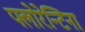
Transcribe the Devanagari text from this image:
फ्लोरेन्टिना